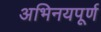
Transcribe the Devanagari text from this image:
अभिनयपूर्ण